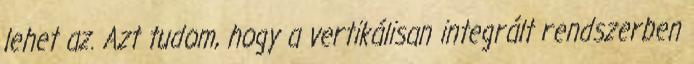
lehet az. Azt tudom, hogy a vertikálisan integrált rendszerben